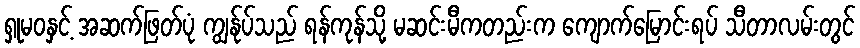
ရှုမဝနှင့် အဆက်ဖြတ်ပုံ ကျွန်ုပ်သည် ရန်ကုန်သို့ မဆင်းမီကတည်းက ကျောက်မြောင်းရပ် သီတာလမ်းတွင်